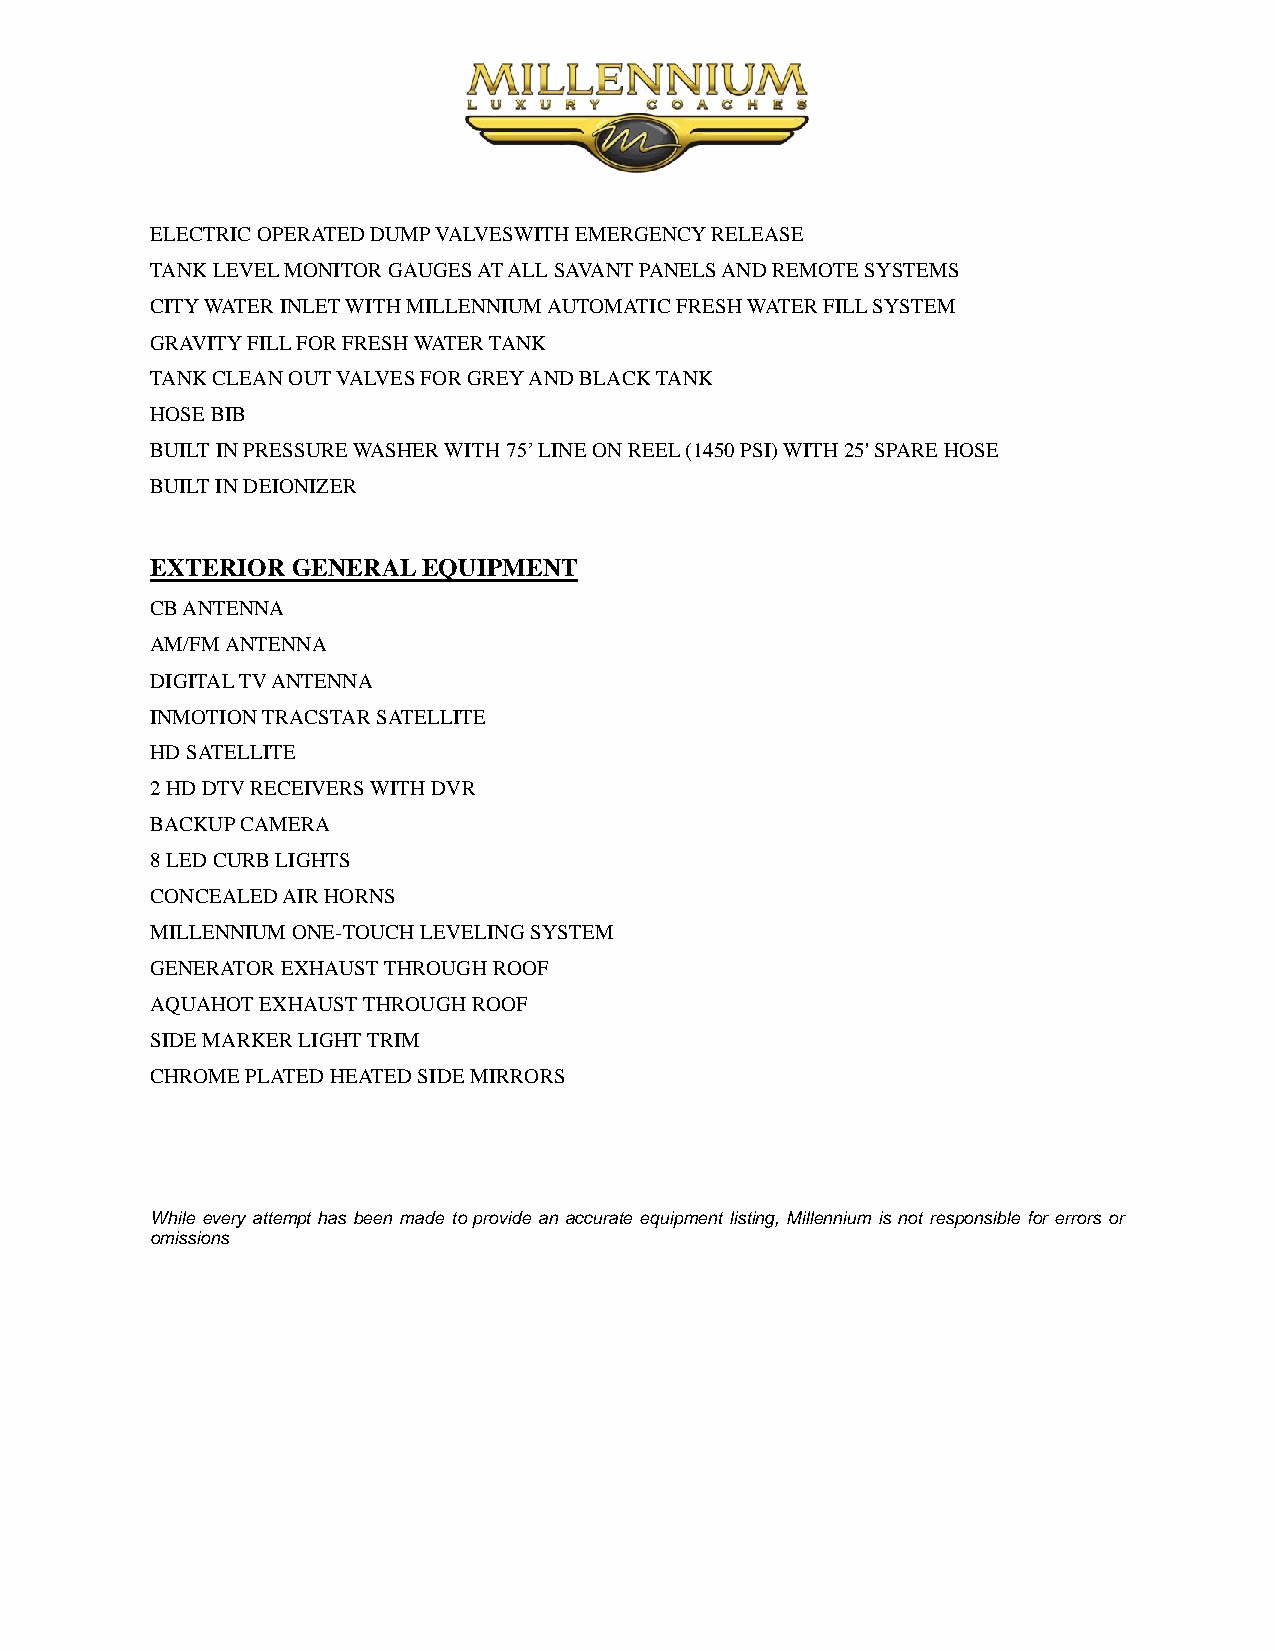
ELECTRIC OPERATED DUMP VALVESWITH EMERGENCY RELEASE
 TANK LEVEL MONITOR GAUGES AT ALL SAVANT PANELS AND REMOTE SYSTEMS
 CITY WATER INLET WITH MILLENNIUM AUTOMATIC FRESH WATER FILL SYSTEM
 GRAVITY FILL FOR FRESH WATER TANK
 TANK CLEAN OUT VALVES FOR GREY AND BLACK TANK
 HOSE BIB
 BUILT IN PRESSURE WASHER WITH 75’ LINE ON REEL (1450 PSI) WITH 25' SPARE HOSE
 BUILT IN DEIONIZER
 EXTERIOR GENERAL  EQUIPMENT
 CB ANTENNA
 AM/FM ANTENNA
 DIGITAL TV ANTENNA
 INMOTION TRACSTAR SATELLITE
 HD SATELLITE
 2 HD DTV RECEIVERS WITH DVR
 BACKUP CAMERA
 8 LED CURB LIGHTS
 CONCEALED AIR HORNS
 MILLENNIUM ONE-TOUCH LEVELING SYSTEM
 GENERATOR EXHAUST THROUGH ROOF
 AQUAHOT EXHAUST THROUGH ROOF
 SIDE MARKER LIGHT TRIM
 CHROME PLATED HEATED SIDE MIRRORS
 While every attempt has been made to provide an accurate equipment listing, Millennium is not responsible for errors or
 omissions